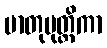
မာတုပုတ္တိကာ